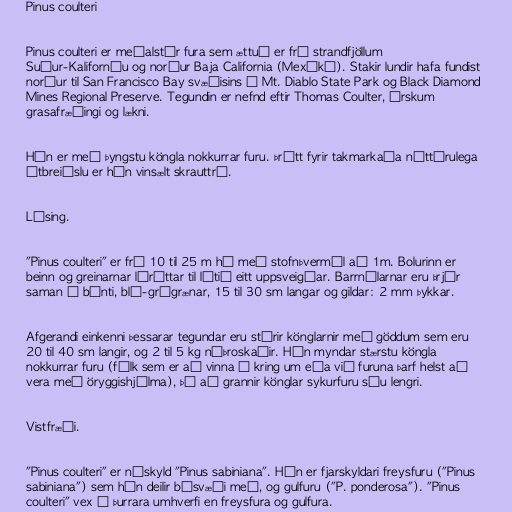
Pinus coulteri

Pinus coulteri er meðalstór fura sem ættuð er frá strandfjöllum
Suður-Kaliforníu og norður Baja California (Mexíkó). Stakir lundir hafa fundist
norður til San Francisco Bay svæðisins í Mt. Diablo State Park og Black Diamond
Mines Regional Preserve. Tegundin er nefnd eftir Thomas Coulter, írskum
grasafræðingi og lækni.

Hún er með þyngstu köngla nokkurrar furu. Þrátt fyrir takmarkaða náttúrulega
útbreiðslu er hún vinsælt skrauttré.

Lýsing.

"Pinus coulteri" er frá 10 til 25 m há með stofnþvermál að 1m. Bolurinn er
beinn og greinarnar láréttar til lítið eitt uppsveigðar. Barrnálarnar eru þrjár
saman í búnti, blá-grágrænar, 15 til 30 sm langar og gildar: 2 mm þykkar.

Afgerandi einkenni þessarar tegundar eru stórir könglarnir með göddum sem eru
20 til 40 sm langir, og 2 til 5 kg nýþroskaðir. Hún myndar stærstu köngla
nokkurrar furu (fólk sem er að vinna í kring um eða við furuna þarf helst að
vera með öryggishjálma), þó að grannir könglar sykurfuru séu lengri.

Vistfræði.

"Pinus coulteri" er náskyld "Pinus sabiniana". Hún er fjarskyldari freysfuru ("Pinus
sabiniana") sem hún deilir búsvæði með, og gulfuru ("P. ponderosa"). "Pinus
coulteri" vex í þurrara umhverfi en freysfura og gulfura.